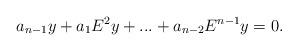
LaTeX: \begin{align*} a_{n-1}y+a_1E^2y+...+a_{n-2}E^{n-1}y=0. \end{align*}